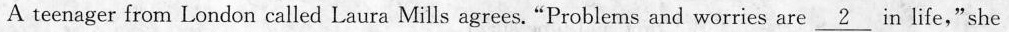
A teenager from London called Laura Mills agrees."Problems and worries are \underline{ 2 } in life,"she